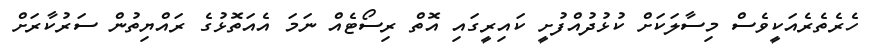
ހެރެތެރެއަކީވެސް މިސާލަކަށް ކުޅުދުއްފުށީ ކައިރީގައި އޮތް ރިސޯޓެއް ނަމަ އެއަތޮޅުގެ ރައްޔިތުން ސަރުކާރަށް